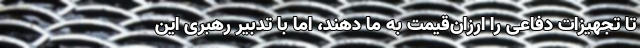
تا تجهیزات دفاعی را ارزان‌قیمت به ما دهند، اما با تدبیر رهبری این